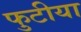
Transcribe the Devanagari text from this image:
फुटीया